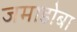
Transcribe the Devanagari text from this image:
जमाडोबा